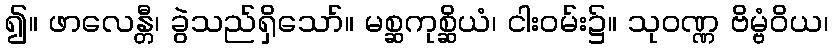
၍။ ဖာလေန္တီ၊ ခွဲသည်ရှိသော်။ မစ္ဆကုစ္ဆိယံ၊ ငါးဝမ်း၌။ သုဝဏ္ဏ ဗိမ္ဗံဝိယ၊